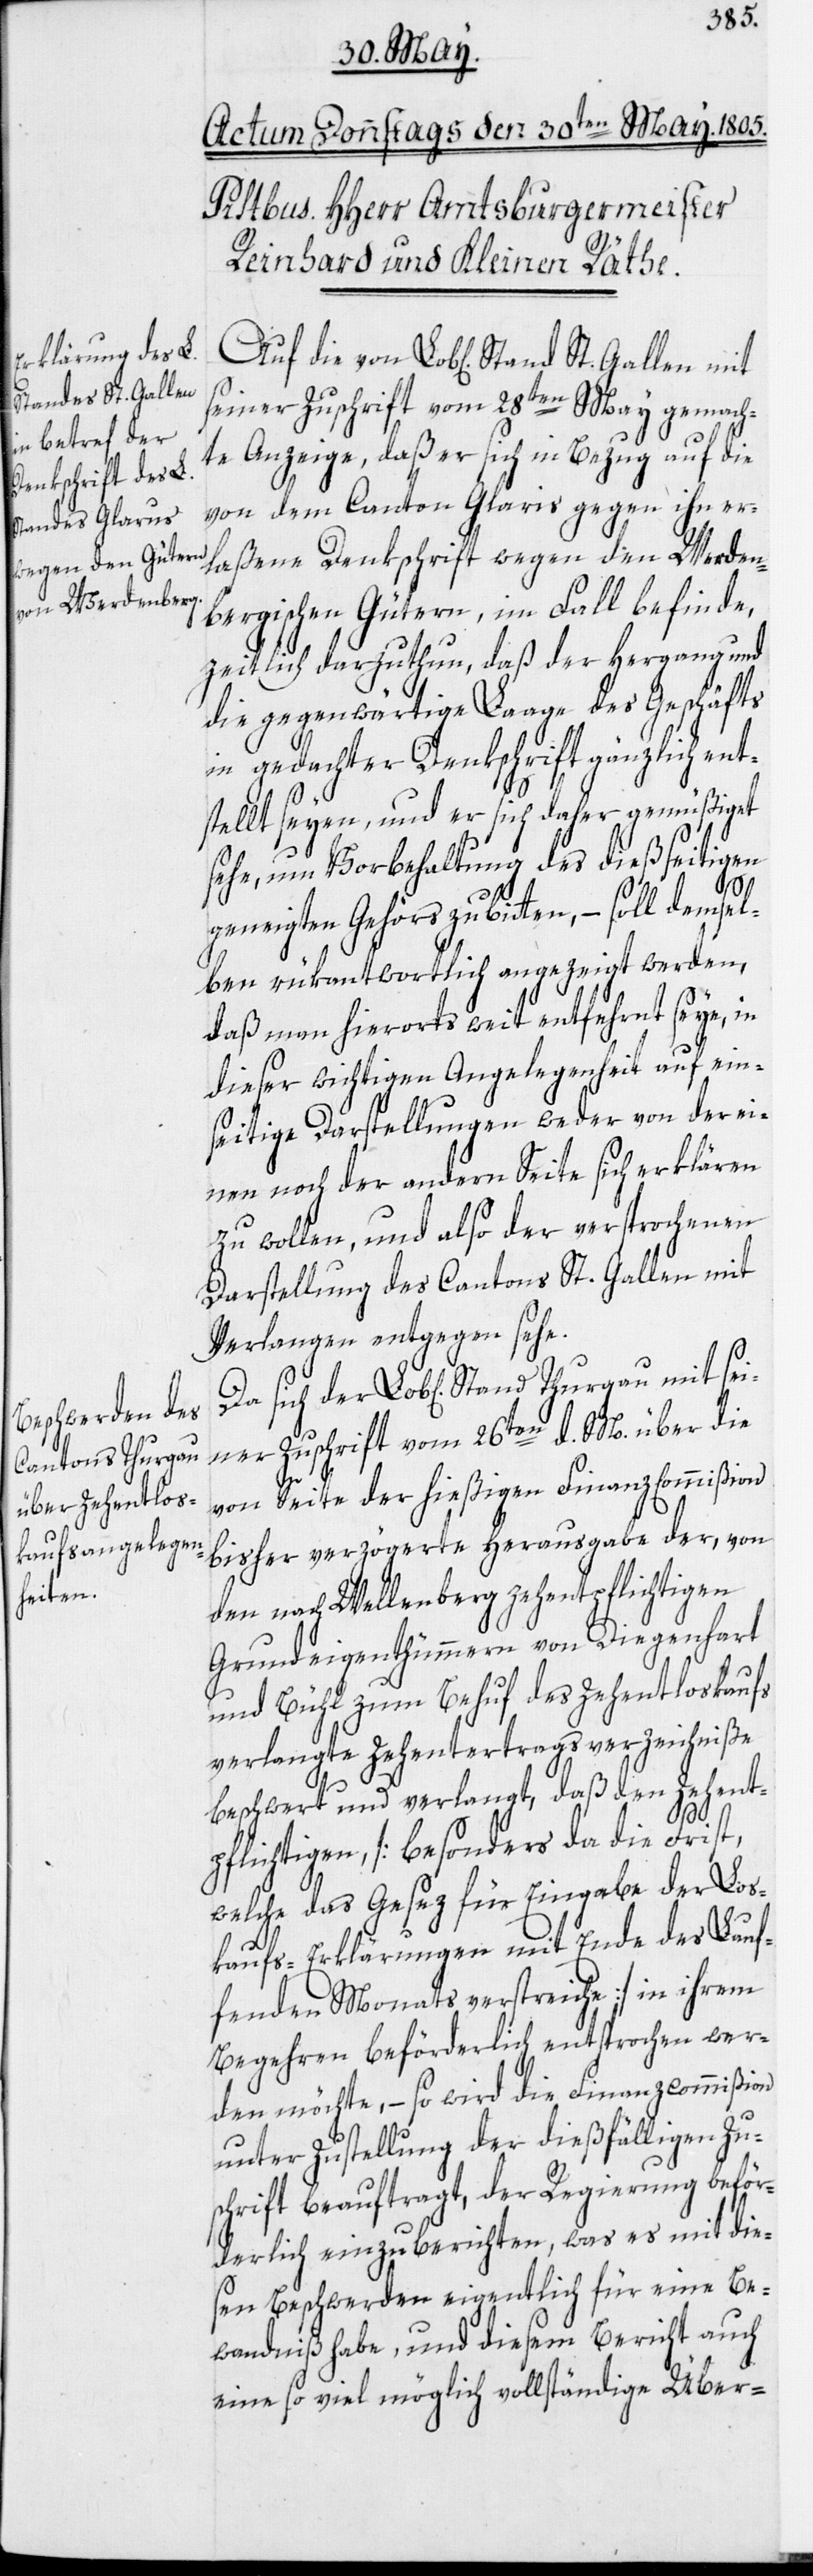
Stand St. Gallen

seiner Zuschrift vom 28ten May gemach¬
te Anzeige, daß er sich in Bezug auf die
von dem Canton Glaris gegen ihn er¬
laßene Denkschrift wegen den Werden¬
bergischen Gütern, im Fall befinde,
zeitlich darzuthun, daß der Hergang und
die gegenwärtige Laage des Geschäfts
in gedachter Denkschrift gänzlich ent¬
stellt seyen, und er sich daher gemüßiget
sehe, um Vorbehaltung des dießseitigen
geneigten Gehörs zu bitten, – soll demsel¬
ben rükantwortlich angezeigt werden,
daß man hierorts weit entfernt seye, in
dieser wichtigen Angelegenheit auf ein¬
seitige Darstellungen weder von der ei¬
nen noch der andern Seite sich erklären
zu wollen, und also der versprochenen
Darstellung des Cantons St. Gallen mit
Verlangen entgegen sehe.
ner Zuschrift vom 26ten d. M. über die
von Seite der hießigen Finanz Commißion
bisher verzögerte Herausgabe der, von
den nach Wellenberg zehentpflichtigen
Grundeigenthümmern von Diegenhart
und Bühl zum Behuf des Zehentloskaufs
verlangte Zehentertragsverzeichniße
beschwert und verlangt, daß den Zehent¬
sei¬
pflichtigen, [besonders da die Frist,
welche das Gesez für Eingabe der Los¬
kaufs-Erklärungen mit Ende des Lauf¬
fenden Monats verstreiche] in ihrem
Begehren beförderlich entsprochen wer¬
den möchte, – so wird die Finanzcommißion
unter Zustellung der dießfälligen Zu¬
schrift beauftragt, der Regierung beför¬
derlich einzuberichten, was es mit dies¬
en Beschwerden eigentlich für eine Be¬
wandniß habe, und diesem Bericht auch
eine so viel möglich vollständige Über-